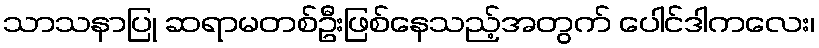
သာသနာပြု ဆရာမတစ်ဦးဖြစ်နေသည့်အတွက် ပေါင်ဒါကလေး၊